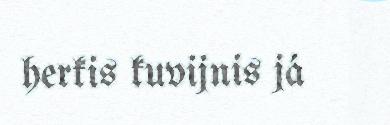
herkis kuvijnis já